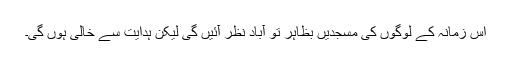
اس زمانہ کے لوگوں کی مسجدیں بظاہر تو آباد نظر آئیں گی لیکن ہدایت سے خالی ہوں گی۔